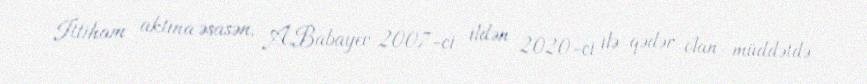
İttiham aktına əsasən, A.Babayev 2007-ci ildən 2020-ci ilə qədər olan müddətdə